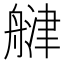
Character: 𦩨